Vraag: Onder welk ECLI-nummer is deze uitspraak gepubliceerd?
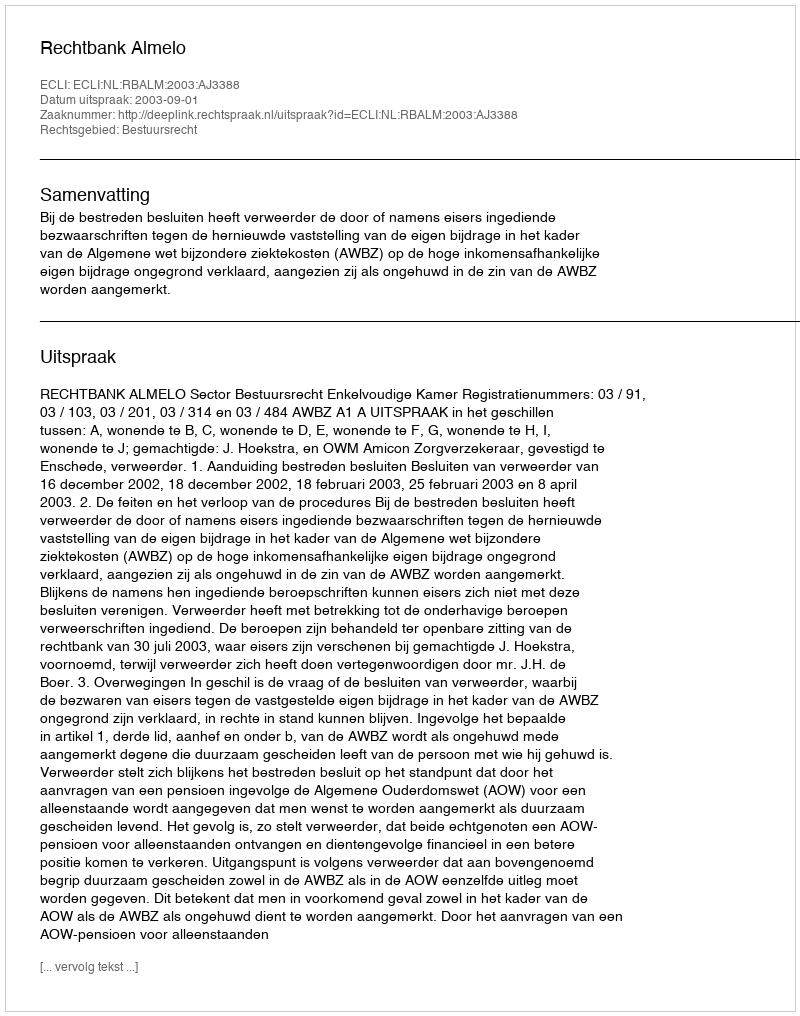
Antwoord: ECLI:NL:RBALM:2003:AJ3388